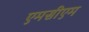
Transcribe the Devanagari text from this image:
एमसीएम